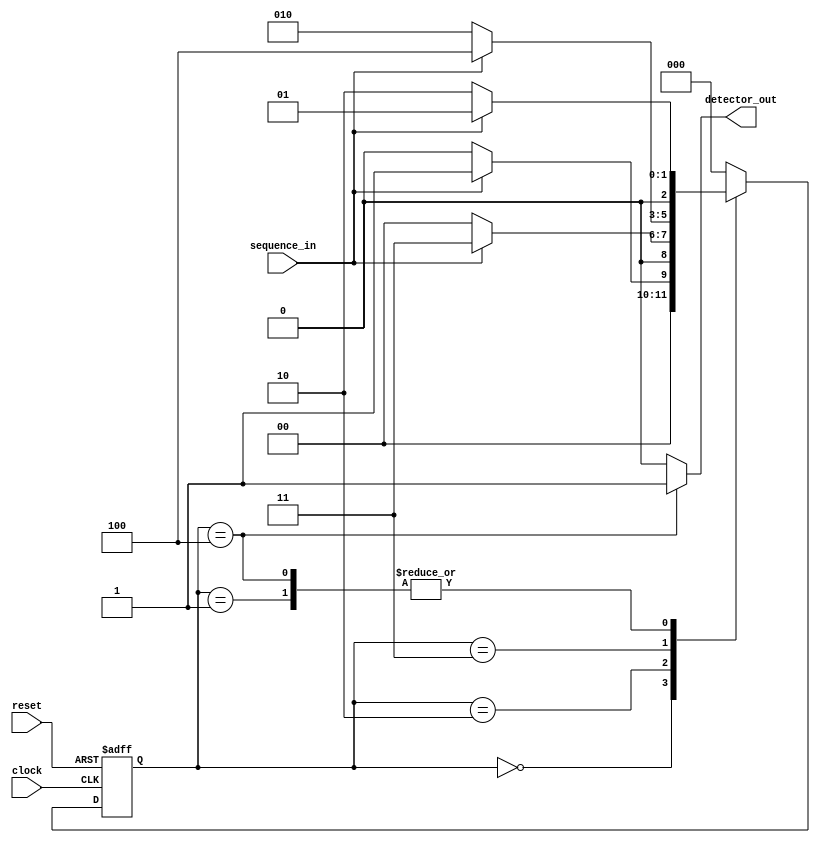
`timescale 1ns / 1ps
//////////////////////////////////////////////////////////////////////////////////
// COLLEGE NAME: NATIONAL INSTITUTE OF TECHNOLOGY , DURGAPUR
// STUDENT NAME: PILLALA JAGADISH SAI KUMAR 
// 
// Design Name: 
// Module Name: sequence_detector
// Project Name: Verilog code for Sequence Detector using Moore FSM
// Target Devices: 
// Tool Versions: Xilinx Vivado 2022.2
// Description: 
// The sequence being detected is "1011" or One Zero One One 
// It is an overlapping sequence detector 
// This type of sequence detector allows overlap
//  It means the final bits of one sequence can be the start of another sequence 
// Dependencies: 
// 
// Revision:
// Revision 0.01 - File Created
// Additional Comments:
// 
//////////////////////////////////////////////////////////////////////////////////
 


module sequence_detector(sequence_in ,clock,reset,detector_out);
input sequence_in;// binary input
input clock;//clock signal
input reset;//reset input
output reg detector_out;// output of  sequence_detector
parameter s0=3'b000,//reset or zero state
         s1=3'b001,//one state
         s2=3'b010,//one zero state
         s3=3'b011,//one zero one state
         s4=3'b100;//one zero one one state
   reg[2:0] current_state, next_state;//current state and next state
   //sequential  Moore FSM memory
   always@(posedge clock, posedge reset)
   begin
   if(reset==1)
   current_state <= s0;// If reset is high then state of the Moore FSM goes to zero state
   else 
   current_state <= next_state;//otherwise state of the Moore FSM goes to next_state
   end
   //combinational logic of the Moore FSM to determine next_state
   always @(current_state , sequence_in )
   begin
   case(current_state)
     s0 : begin
          if(sequence_in==1)
          next_state = s1;//If sequence_in =1 ,the next_state is s1
          else
          next_state =s0;// If sequence_in =0 ,the next_state is s0
          end
     s1 : begin
            if(sequence_in==1)
            next_state = s1; // If sequence_in =1 ,the next_state is s1
            else
            next_state = s2; //If sequence_in =0 ,the next_state is  s2
            end     
     s2 : begin
          if(sequence_in==1)
           next_state = s3;// If sequence_in =1 ,the next_state is s3
           else
           next_state = s0;// If sequence_in =0 ,the next_state is s0
           end 
     s3 : begin
          if(sequence_in==1)
           next_state = s4;// If sequence_in =1 ,the next_state is s4
           else
           next_state = s2;// If sequence_in =0 ,the next_state is s2
           end 
     s4 : begin
           if(sequence_in==1)
            next_state = s1;// If sequence_in =1 ,the next_state is s1
            else
            next_state =s2;// If sequence_in =0 ,the next_state is s2
            end 
      default : next_state = s0;
      endcase
    end  
   // combinational logic to determine the output of the Moore FSM
//  In moore FSM output only depends on current state        
  always @(current_state)
  begin
   case(current_state)
    s0 :  detector_out =0; // detector_out will be 0 till the "1011" sequence is detected
    s1 : detector_out =0;
    s2 : detector_out =0;
    s3 : detector_out =0;
    s4 : detector_out =1; // detector_out will be 1 when the FSM detects "1011"
    default : detector_out =0;
   endcase
  end           
endmodule